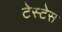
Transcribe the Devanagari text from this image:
टेस्टेस